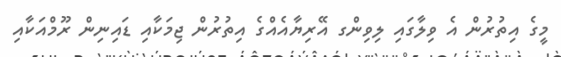
މީގެ އިތުރުން އެ ވިލާގައި ލިވިންގ އޭރިޔާއެއްގެ އިތުރުން ޖިމަކާއި ޑައިނިން ރޫމްއަކާއި